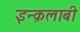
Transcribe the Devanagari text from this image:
इन्क़लाबी